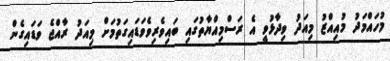
މުހައްމަދު މުއިއްޒު މިއަދު ވިދާޅުވީ އެ ރަސްމިއްޔާތުގައި ބައިވެރިވެވަޑައިގަތުމަށް މިއަދު ރާއްޖެ ވަޑައިގެން